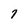
Character: 7